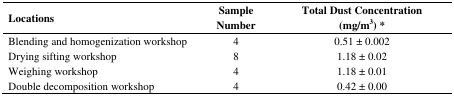
| Locations | Sample Number | Total Dust Concentration(mg/m3) * |
 | --- | --- | --- |
 | Blending and homogenization workshop | 4 | 0.51 ± 0.002 |
 | Drying sifting workshop | 8 | 1.18 ± 0.02 |
 | Weighing workshop | 4 | 1.18 ± 0.01 |
 | Double decomposition workshop | 4 | 0.42 ± 0.00 |